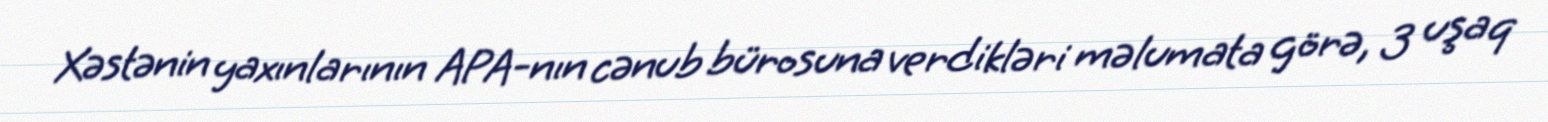
Xəstənin yaxınlarının APA-nın cənub bürosuna verdikləri məlumata görə, 3 uşaq